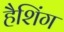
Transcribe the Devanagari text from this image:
हैशिंग